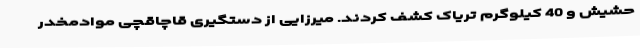
حشیش و 40 کیلوگرم تریاک کشف کردند. میرزایی از دستگیری قاچاقچی موادمخدر